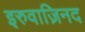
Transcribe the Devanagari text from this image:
इरुवाज़िनद